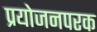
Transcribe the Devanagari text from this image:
प्रयोजनपरक